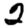
Digit: 2